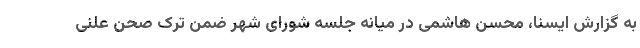
به گزارش ایسنا، محسن هاشمی در میانه جلسه شورای شهر ضمن ترک صحن علنی